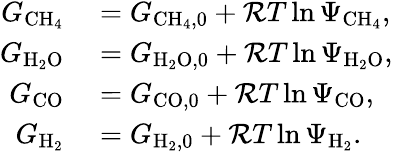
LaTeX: \begin{array}{rl}{G_{\mathrm{CH_{4}}}}&{{}=G_{\mathrm{CH_{4},0}}+{\cal R}T\ln{\Psi_{\mathrm{CH_{4}}}},}\\ {G_{\mathrm{H_{2}O}}}&{{}=G_{\mathrm{H_{2}O,0}}+{\cal R}T\ln{\Psi_{\mathrm{H_{2}O}}},}\\ {G_{\mathrm{CO}}}&{{}=G_{\mathrm{CO,0}}+{\cal R}T\ln{\Psi_{\mathrm{CO}}},}\\ {G_{\mathrm{H_{2}}}}&{{}=G_{\mathrm{H_{2},0}}+{\cal R}T\ln{\Psi_{\mathrm{H_{2}}}}.}\end{array}